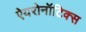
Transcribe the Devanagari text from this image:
ऐयरोनॉटिक्स